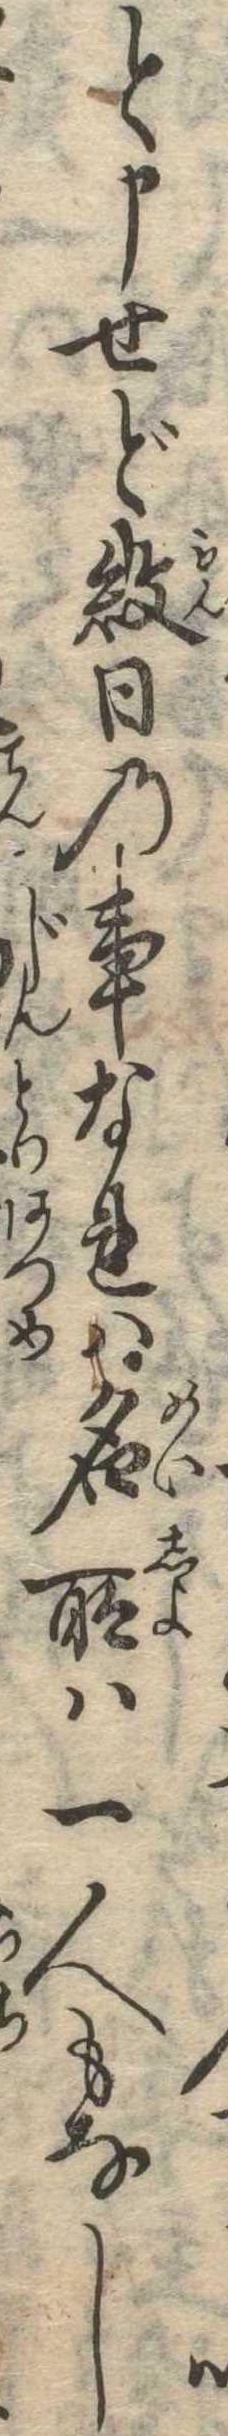
と申せど紋日の事なれは名所は一人もなし